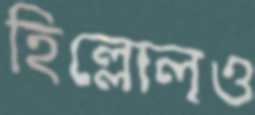
হিল্লোলও